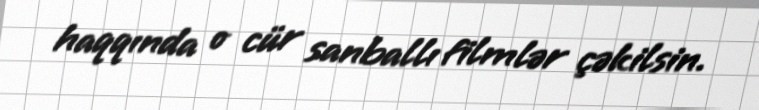
haqqında o cür sanballı filmlər çəkilsin.